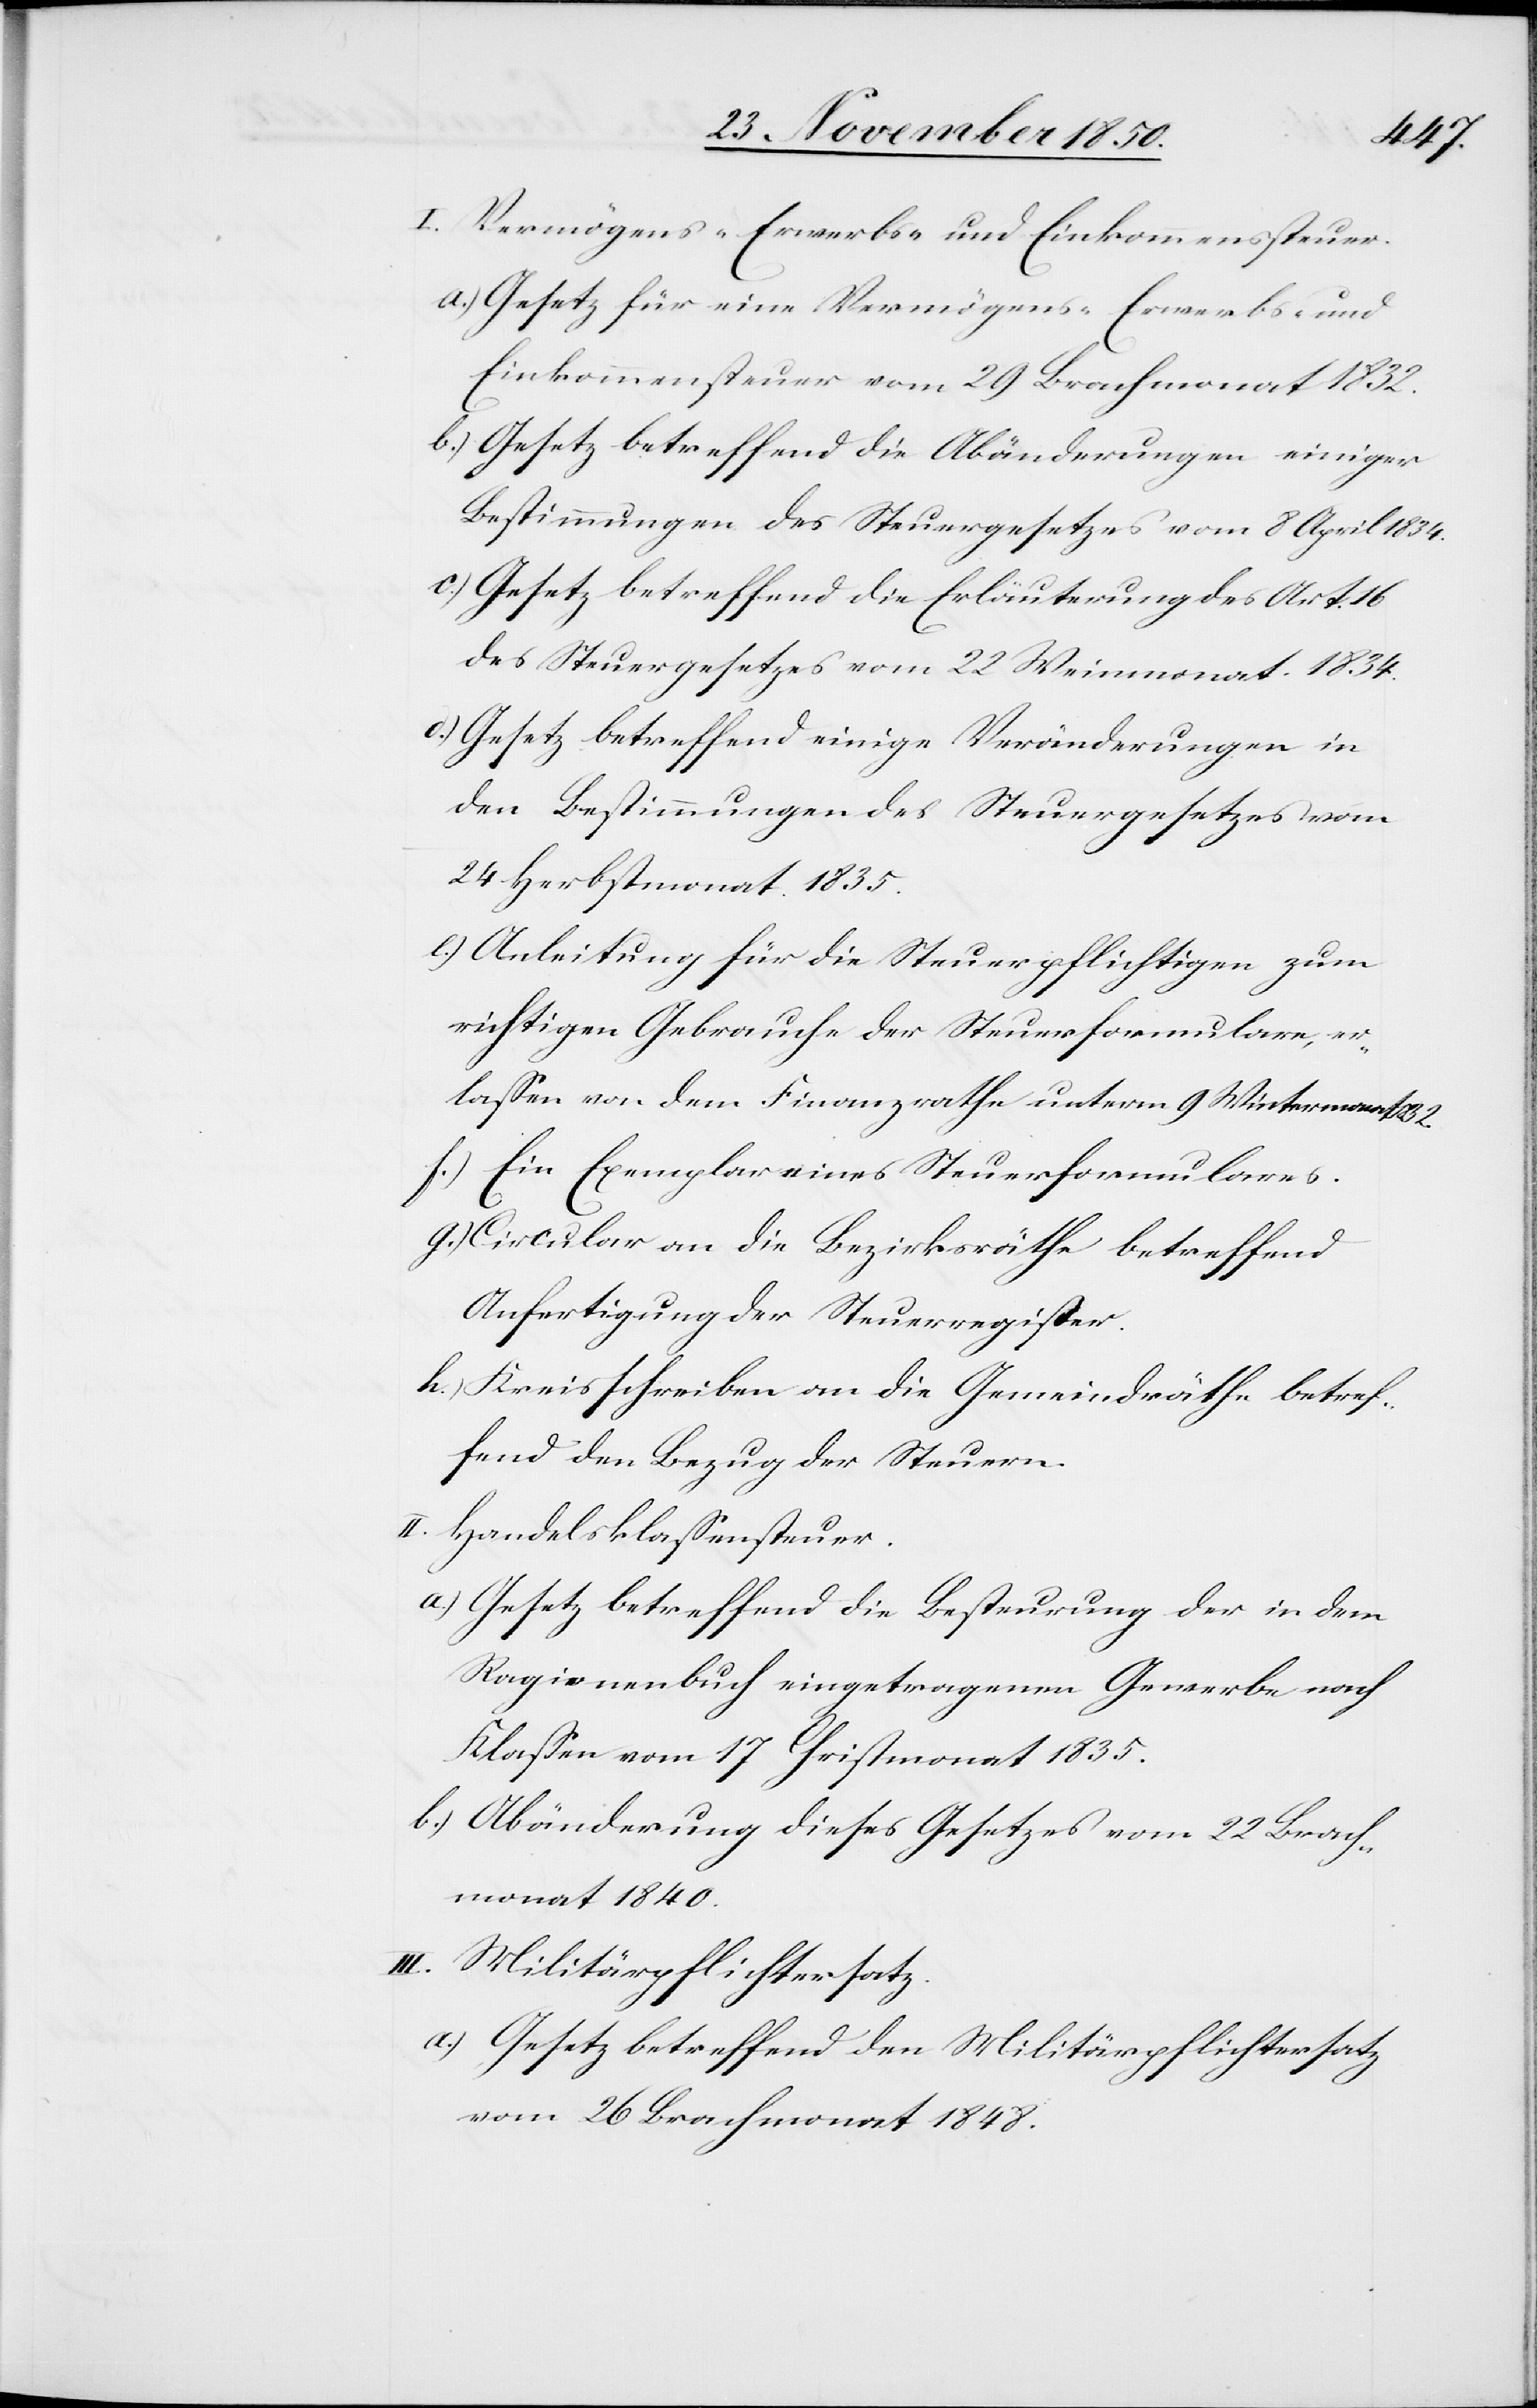
I. Vermögens-[,] Erwerbs- und Einkommenssteuer.
a.) Gesetz für eine Vermögens-[,] Erwerbs- und
Einkommenssteuer vom 29 Brachmonat 1832.
b.) Gesetz betreffend die Abänderungen einiger
Bestimmungen des Steuergesetzes vom 8 April 1834.
c.) Gesetz betreffend die Erläuterung des Art. 16
des Steuergesetzes vom 22 Weinmonat 1834.
d.) Gesetz betreffend einige Veränderungen in
den Bestimmungen des Steuergesetzes vom
24 Herbstmonat 1835.
e.) Anleitung für die Steuerpflichtigen zum
richtigen Gebrauche der Steuerformulare, er¬
lassen von dem Finanzrathe unterm 9 Wintermonat 1832.
f.) Ein Exemplar eines Steuerformulares.
g.) Circular an die Bezirksräthe betreffend
Anfertigung der Steuerregister.
h.) Kreisschreiben an die Gemeindräthe betref¬
fend den Bezug der Steuern.
II. Handelsklassensteuer.
a.) Gesetz betreffend die Besteurung der in dem
Ragionenbuch eingetragenen Gewerbe nach
Klassen vom 17 Christmonat 1835.
b.) Abänderung dieses Gesetzes vom 22 Brach¬
monat 1840.
III. Militärpflichtersatz.
a.) Gesetz betreffend den Militärpflichtersatz
vom 26 Brachmonat 1848.